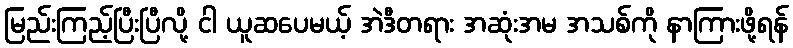
မြည်းကြည့်ပြီးပြီလို့ ငါ ယူဆပေမယ့် အဲဒီတရား အဆုံးအမ အသစ်ကို နာကြားဖို့ရန်